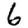
Digit: 6